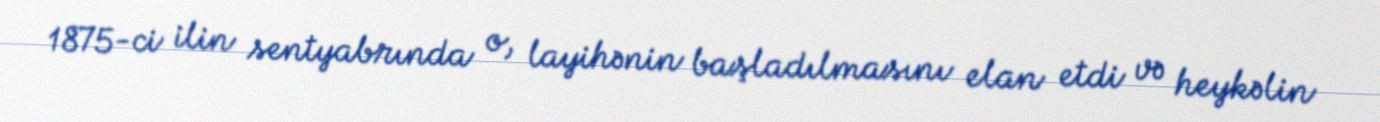
1875-ci ilin sentyabrında o, layihənin başladılmasını elan etdi və heykəlin